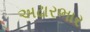
અઢારભાર